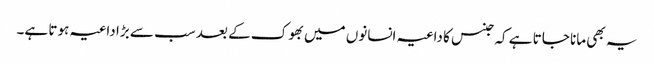
یہ بھی مانا جاتا ہے کہ جنس کا داعیہ انسانوں میں بھوک کے بعد سب سے بڑا داعیہ ہوتا ہے۔